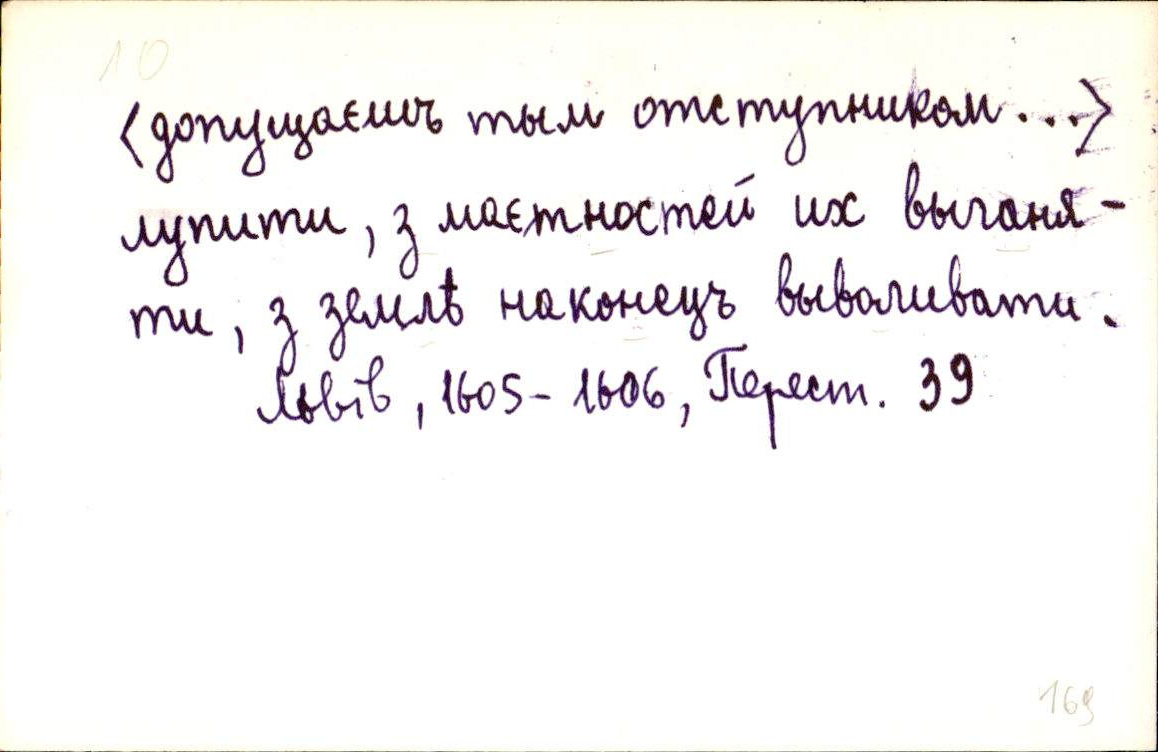
⟨допущаєшъ тым отступником…⟩
лупити, з маєтностей их выганя-
ти, з землѣ наконецъ выволивати.
Львів, 1605-1606, Перест. 39